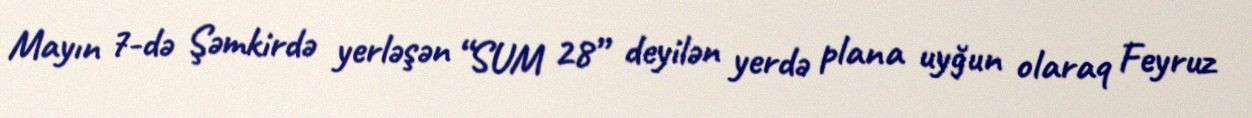
Mayın 7-də Şəmkirdə yerləşən “SUM 28” deyilən yerdə plana uyğun olaraq Feyruz